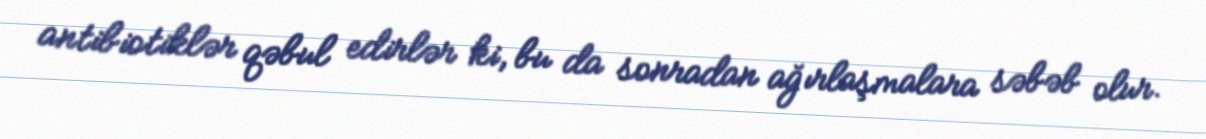
antibiotiklər qəbul edirlər ki, bu da sonradan ağırlaşmalara səbəb olur.